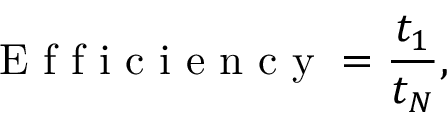
\mathrm { ~ E ~ f ~ f ~ i ~ c ~ i ~ e ~ n ~ c ~ y ~ } = \frac { t _ { 1 } } { t _ { N } } ,